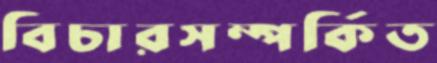
বিচারসম্পর্কিত